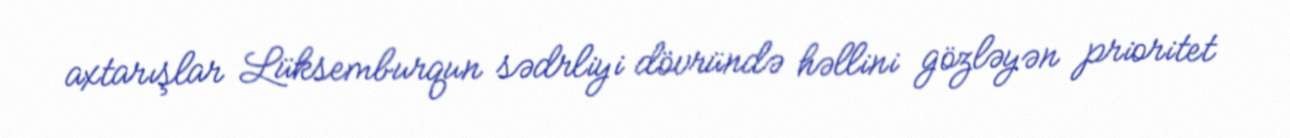
axtarışlar Lüksemburqun sədrliyi dövründə həllini gözləyən prioritet